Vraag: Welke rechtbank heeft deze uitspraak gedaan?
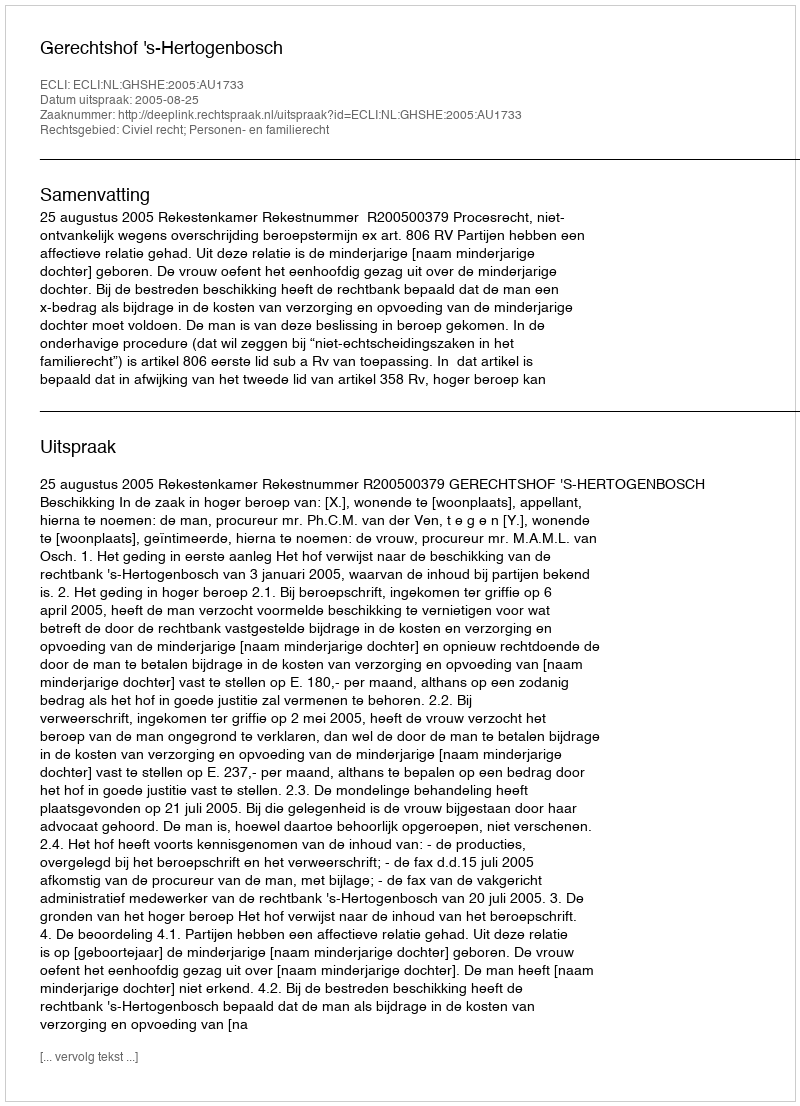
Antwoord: Gerechtshof 's-Hertogenbosch